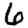
Digit: 6